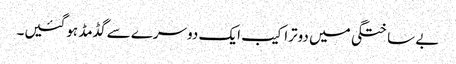
بے ساختگی میں دوتراکیب ایک دوسرے سے گڈمڈ ہوگئیں۔